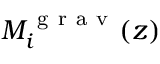
M _ { i } ^ { \mathrm { ~ g ~ r ~ a ~ v ~ } } ( z )